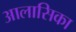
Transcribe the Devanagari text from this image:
आलासिका